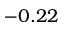
- 0 . 2 2